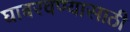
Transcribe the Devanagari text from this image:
घाबरवण्यासाठी